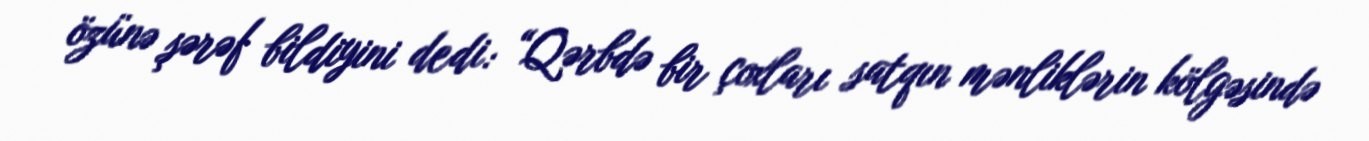
özünə şərəf bildiyini dedi: “Qərbdə bir çoxları satqın mənliklərin kölgəsində